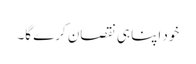
خود اپنا ہی نقصان کرے گا۔